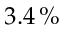
3 . 4 \, \%